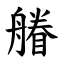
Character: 䒅